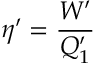
\eta ^ { \prime } = \frac { W ^ { \prime } } { Q _ { 1 } ^ { \prime } }